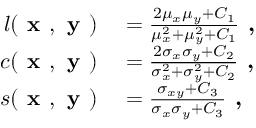
\begin{array} { r l } { l ( \textbf { x } , \textbf { y } ) } & { { } = \frac { 2 \mu _ { x } \mu _ { y } + C _ { 1 } } { \mu _ { x } ^ { 2 } + \mu _ { y } ^ { 2 } + C _ { 1 } } \textbf { , } } \\ { c ( \textbf { x } , \textbf { y } ) } & { { } = \frac { 2 \sigma _ { x } \sigma _ { y } + C _ { 2 } } { \sigma _ { x } ^ { 2 } + \sigma _ { y } ^ { 2 } + C _ { 2 } } \textbf { , } } \\ { s ( \textbf { x } , \textbf { y } ) } & { { } = \frac { \sigma _ { x y } + C _ { 3 } } { \sigma _ { x } \sigma _ { y } + C _ { 3 } } \textbf { , } } \end{array}